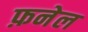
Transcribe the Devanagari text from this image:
फ़नेल